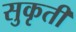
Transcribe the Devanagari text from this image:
सुकृती